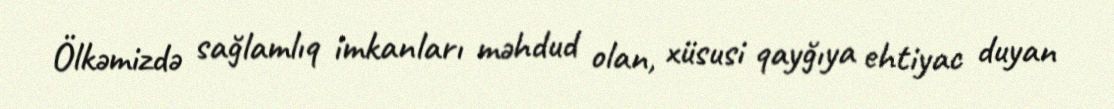
Ölkəmizdə sağlamlıq imkanları məhdud olan, xüsusi qayğıya ehtiyac duyan